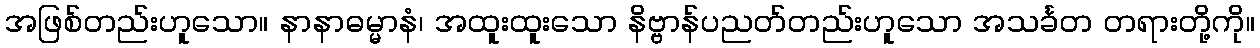
အဖြစ်တည်းဟူသော။ နာနာဓမ္မာနံ၊ အထူးထူးသော နိဗ္ဗာန်ပညတ်တည်းဟူသော အသင်္ခတ တရားတို့ကို။